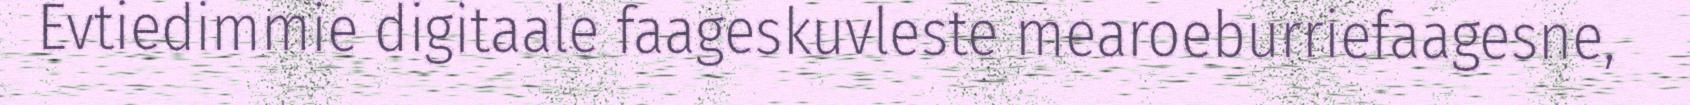
Evtiedimmie digitaale faageskuvleste mearoeburriefaagesne,